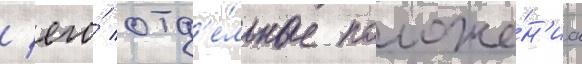
/ его́ отд'е́льные положе́н'иа